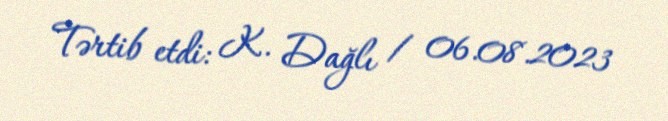
Tərtib etdi: K. Dağlı / 06.08.2023